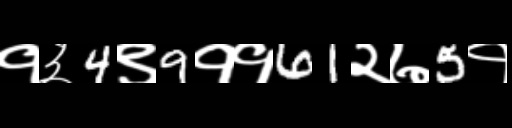
Text: १३4९9११61२७5१